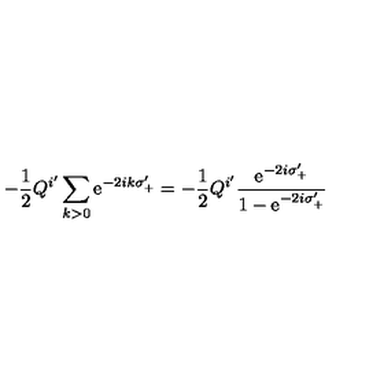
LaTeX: - \frac { 1 } { 2 } Q ^ { i ^ { \prime } } \sum _ { k > 0 } \mathrm { e } ^ { - 2 i k \sigma _ { + } ^ { \prime } } = - \frac { 1 } { 2 } Q ^ { i ^ { \prime } } \frac { \mathrm { e } ^ { - 2 i \sigma _ { + } ^ { \prime } } } { 1 - \mathrm { e } ^ { - 2 i \sigma _ { + } ^ { \prime } } }